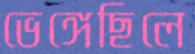
ভেঙ্গেছিলে